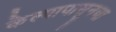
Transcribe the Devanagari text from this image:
केल्यापासूनचा